Report on vaccination proceedings throughout the Government of Bengal -
Year: 1868
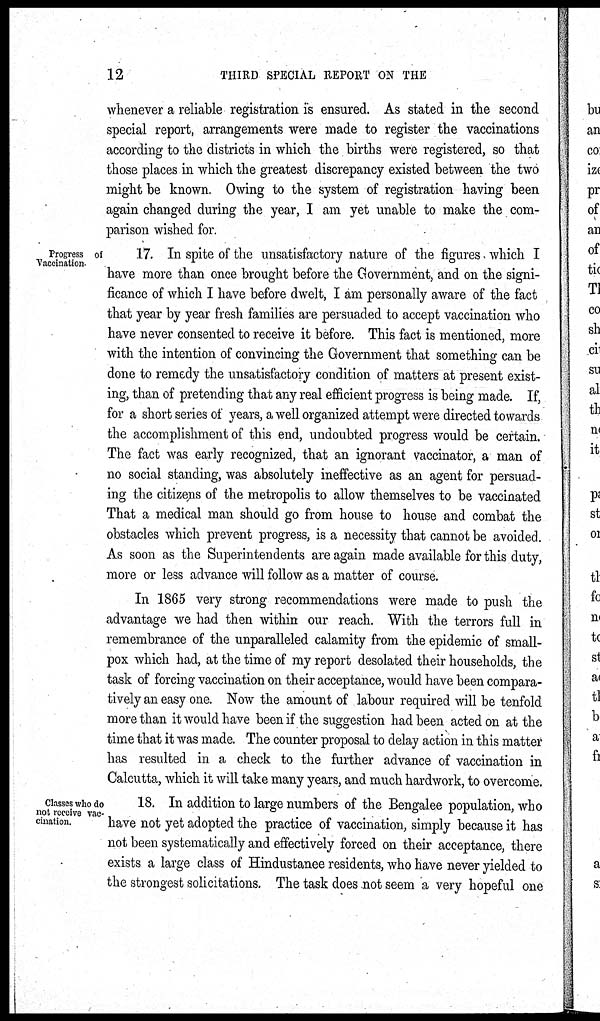
12
THIRD SPECIAL REPORT ON THE
whenever a reliable registration is ensured. As stated in the second
special report, arrangements were made to register the vaccinations
according to the districts in which the births were registered, so that
those places in which the greatest discrepancy existed between the two
might be known. Owing to the system of registration having been
again changed during the year, I am yet unable to make the com-
parison wished for.
Progress of
Vaccination
17. In spite of the unsatisfactory nature of the figures which I
have more than once brought before the Government, and on the signi-
ficance of which I have before dwelt, I am personally aware of the fact
that year by year fresh families are persuaded to accept vaccination who
have never consented to receive it before. This fact is mentioned, more
with the intention of convincing the Government that something can be
done to remedy the unsatisfactory condition of matters at present exist-
ing, than of pretending that any real efficient progress is being made. If,
for a short series of years, a well organized attempt were directed towards
the accomplishment of this end, undoubted progress would be certain.
The fact was early recognized, that an ignorant vaccinator, a man of
no social standing, was absolutely ineffective as an agent for persuad-
ing the citizens of the metropolis to allow themselves to be vaccinated
That a medical man should go from house to house and combat the
obstacles which prevent progress, is a necessity that cannot be avoided.
As soon as the Superintendents are again made available for this duty,
more or less advance will follow as a matter of course.
In 1865 very strong recommendations were made to push the
advantage we had then within our reach. With the terrors full in
remembrance of the unparalleled calamity from the epidemic of small-
pox which had, at the time of my report desolated their households, the
task of forcing vaccination on their acceptance, would have been compara-
tively an easy one. Now the amount of labour required will be tenfold
more than it would have been if the suggestion had been acted on at the
time that it was made. The counter proposal to delay action in this matter
has resulted in a check to the further advance of vaccination in
Calcutta, which it will take many years, and much hardwork, to overcome.
Classes who do
not receive vac-
cination.
18. In addition to large numbers of the Bengalee population, who
have not yet adopted the practice of vaccination, simply because it has
not been systematically and effectively forced on their acceptance, there
exists a large class of Hindustanee residents, who have never yielded to
the strongest solicitations. The task does not seem a very hopeful one